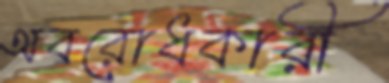
অবরোধকারী